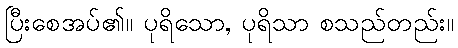
ပြီးစေအပ်၏။ ပုရိသော, ပုရိသာ စသည်တည်း။